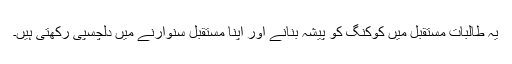
یہ طالبات مستقبل میں کوکنگ کو پیشہ بنانے اور اپنا مستقبل سنوارنے میں دلچسپی رکھتی ہیں۔